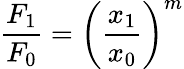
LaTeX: {\frac{F_{1}}{F_{0}}}=\left({\frac{x_{1}}{x_{0}}}\right)^{m}